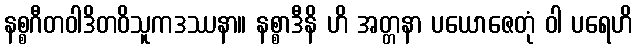
နစ္စဂီတဝါဒိတဝိသူကဒဿနာ။ နစ္စာဒီနိ ဟိ အတ္တနာ ပယောဇေတုံ ဝါ ပရေဟိ